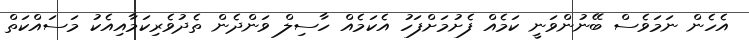
އެހެން ނަމަވެސް ބޭނުންވަނީ ކަމެއް ފެށުމަށްފަހު އެކަމެއް ހާސިލް ވަންދެން ތެދުވެރިކަމާއިއެކު މަސައްކަތް